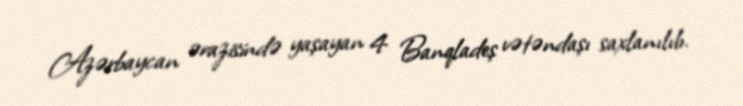
Azərbaycan ərazisində yaşayan 4 Banqladeş vətəndaşı saxlanılıb.